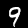
Digit: 9